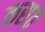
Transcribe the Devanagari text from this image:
कसत